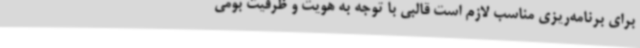
برای برنامه‌ریزی مناسب لازم است قالبی با توجه به هویت و ظرفیت بومی